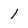
Character: l